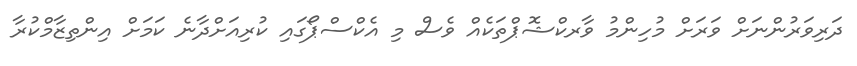
ދަރިވަރުންނަށް ވަރަށް މުހިންމު ވާރކްޝޮޕްތަކެއް ވެސް މި އެކްސްޕޯގައި ކުރިއަށްދާނެ ކަމަށް އިންތިޒާމްކުރާ